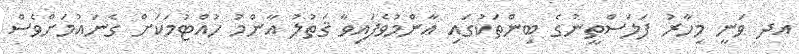
އދ ވަނީ މިހާރު ފަލަސްތީނުގެ ބިންތަކުގައި އާންމުވެފައިވާ ޤަތުލު އާންމު ހުއްޓުމަކަށް ގެނައުމަށްވެސް